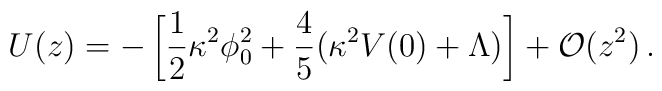
U(z) = -\left[ {1\over 2}\kappa^2\phi_0^2+{4\over 5}(\kappa^2V(0)+\Lambda)\right] + {\cal O}(z^2)\,.